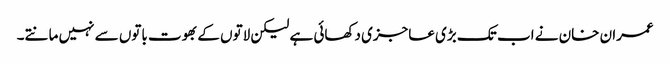
عمران خان نے اب تک بڑی عاجزی دکھائی ہے لیکن لاتوں کے بھوت باتوں سے نہیں مانتے۔